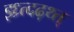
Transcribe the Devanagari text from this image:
झ्ध्र्त्दढ़थ्त्